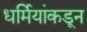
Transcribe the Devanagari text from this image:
धर्मियांकडून